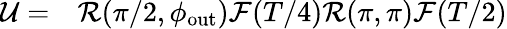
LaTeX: \begin{array}{rl}{\mathcal{U}=}&{{}\mathcal{R}(\pi/2,\phi_{\mathrm{out}})\mathcal{F}(T/4)\mathcal{R}(\pi,\pi)\mathcal{F}(T/2)}\end{array}